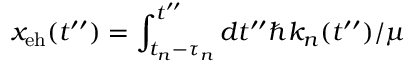
x _ { \mathrm { e h } } ( t ^ { \prime \prime } ) = \int _ { t _ { n } - \tau _ { n } } ^ { t ^ { \prime \prime } } d t ^ { \prime \prime } { \hbar k _ { n } ( t ^ { \prime \prime } ) } / { \mu }